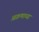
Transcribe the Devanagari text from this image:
आक्रणाच्या